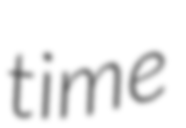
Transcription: time